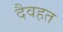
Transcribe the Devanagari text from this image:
दैवहत